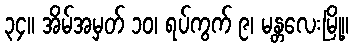
၃၄။ အိမ်အမှတ် ၁၀၊ ရပ်ကွက် ၉၊ မန္တလေးမြို့။